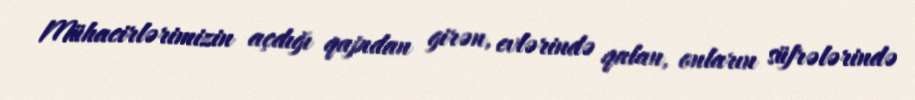
Mühacirlərimizin açdığı qapıdan girən, evlərində qalan, onların süfrələrində